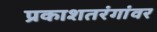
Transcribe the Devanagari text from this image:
प्रकाशतरंगांवर